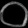
Digit: ၀